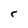
Character: c